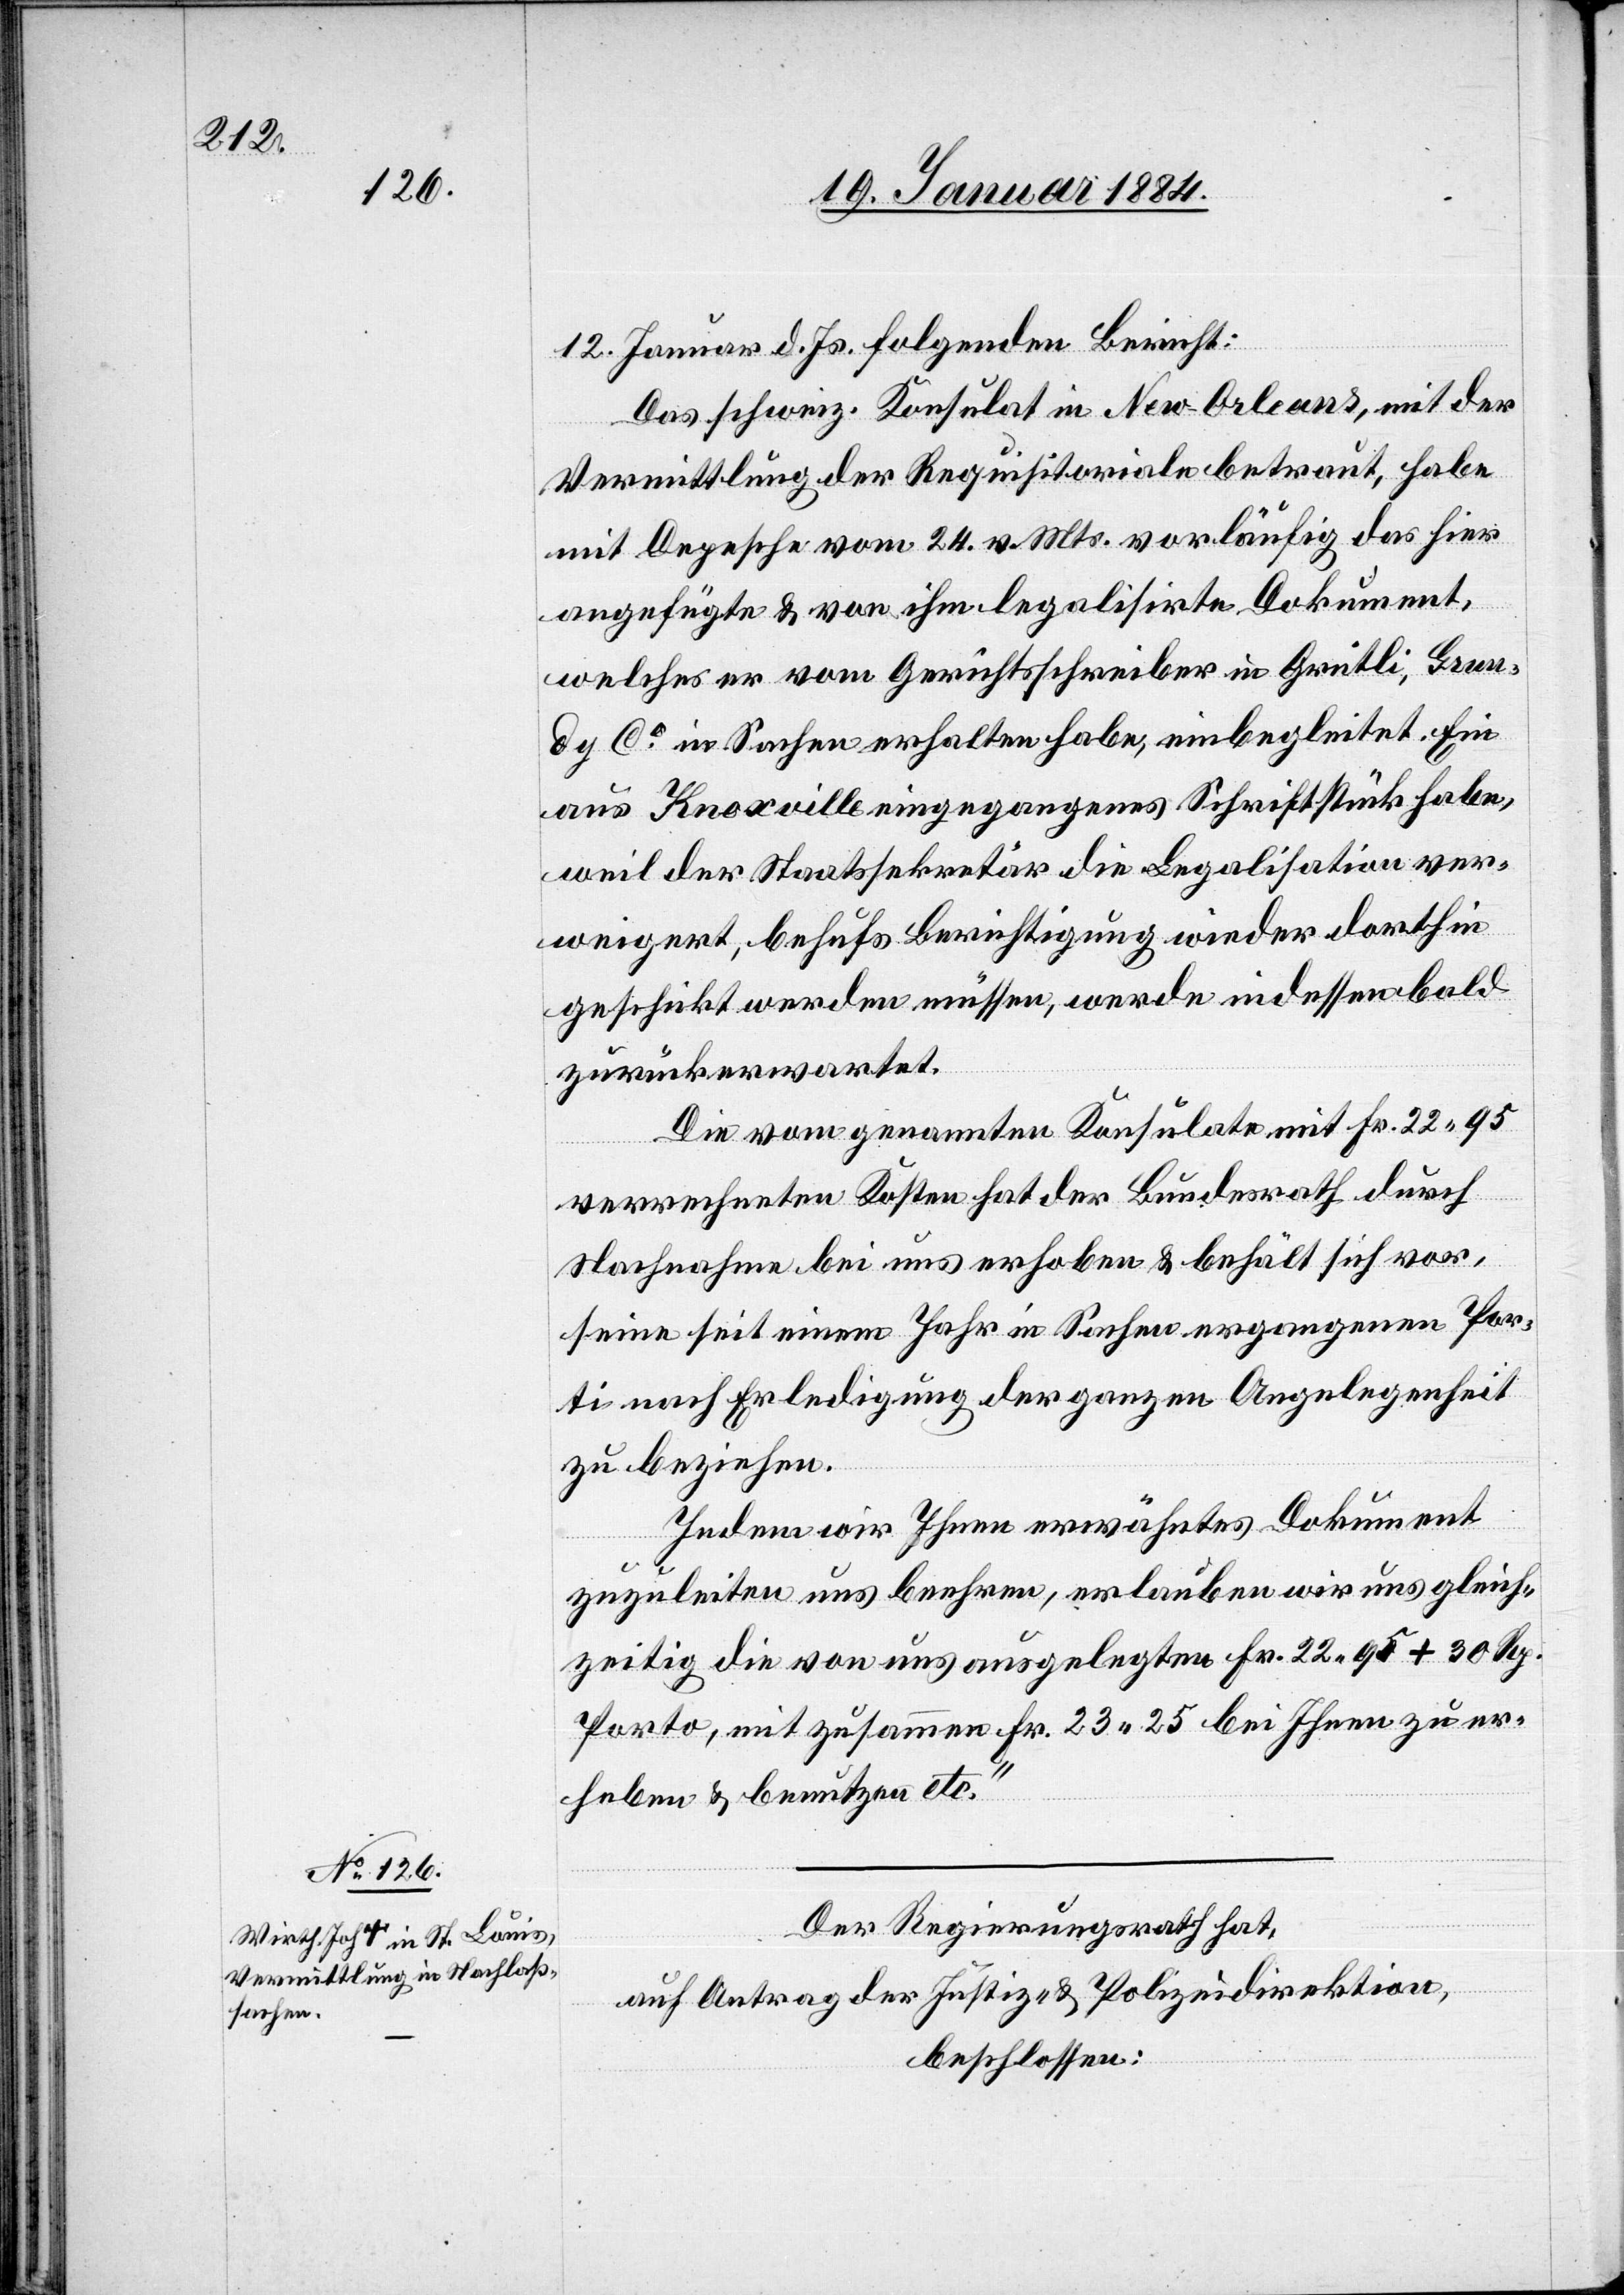
12. Januar d. Js. folgenden Bericht:
Das schweiz. Konsulat in New-Orleans, mit der
Vermittlung der Requisitoriale betraut, habe
mit Depesche vom 24. v. Mts. vorläufig das hier
angefügte & von ihm legalisirte Dokument,
welches er vom Gerichtsschreiber in Grütli, Grun¬
dy Ca in Sachen erhalten habe, einbegleitet. Ein
aus Knoxville eingegangenes Schriftstück habe,
weil der Staatssekretär die Legalisation ver¬
weigert, behufs Berichtigung wieder dorthin
geschickt werden müssen, werde indessen bald
zurückerwartet.
Die vom genannten Konsulate mit Fr. 22 95
verrechneten Kosten hat der Bundesrath durch
Nachnahme bei uns erhoben & behält sich vor,
seine seit einem Jahr in Sachen ergangenen Por¬
ti nach Erledigung der ganzen Angelegenheit
zu beziehen.
Indem wir Ihnen erwähntes Dokument
zuzuleiten uns beehren, erlauben wir uns gleich¬
zeitig die von uns ausgelegten Fr. 22 95 + 30 Rp.
Porto, mit zusammen Fr. 23 25 bei Ihnen zu er¬
heben & benutzen etc.“
Der Regierungsrath hat,
auf Antrages der Justiz- & Polizeidirektion,
beschlossen: